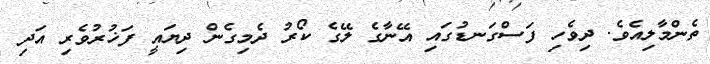
ތެންމާލިއެވެ. ދިވެހި ފަސްގަނޑުގައި އޭނާގެ ލޭގެ ކޯރު ދެމިގެން ދިޔައީ ފަޚުރުވެރި އަދި